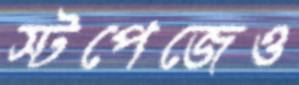
স্টপেজেও